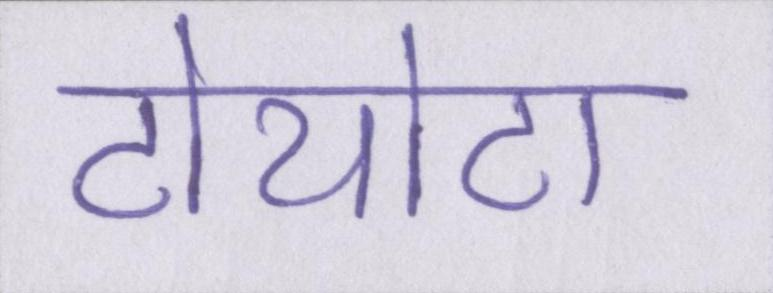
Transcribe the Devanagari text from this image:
टोयोटा